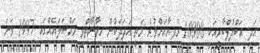
އަދި އަބްދުލްބާރީއަކީ 10000 ރުފިޔާއަށްވުރެ މަތީ އަދަދަކުން ހިޔާނާތްވި މައްސަލައެއްގައި 1997 ވަނަ